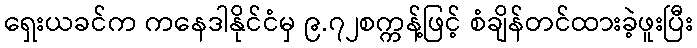
ရှေးယခင်က ကနေဒါနိုင်ငံမှ ၉.၇၂စက္ကန့်ဖြင့် စံချိန်တင်ထားခဲ့ဖူးပြီး